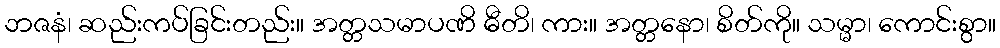
ဘဇနံ၊ ဆည်းကပ်ခြင်းတည်း။ အတ္တသမာပဏိ ဓီတိ၊ ကား။ အတ္တနော၊ စိတ်ကို။ သမ္မာ၊ ကောင်းစွာ။